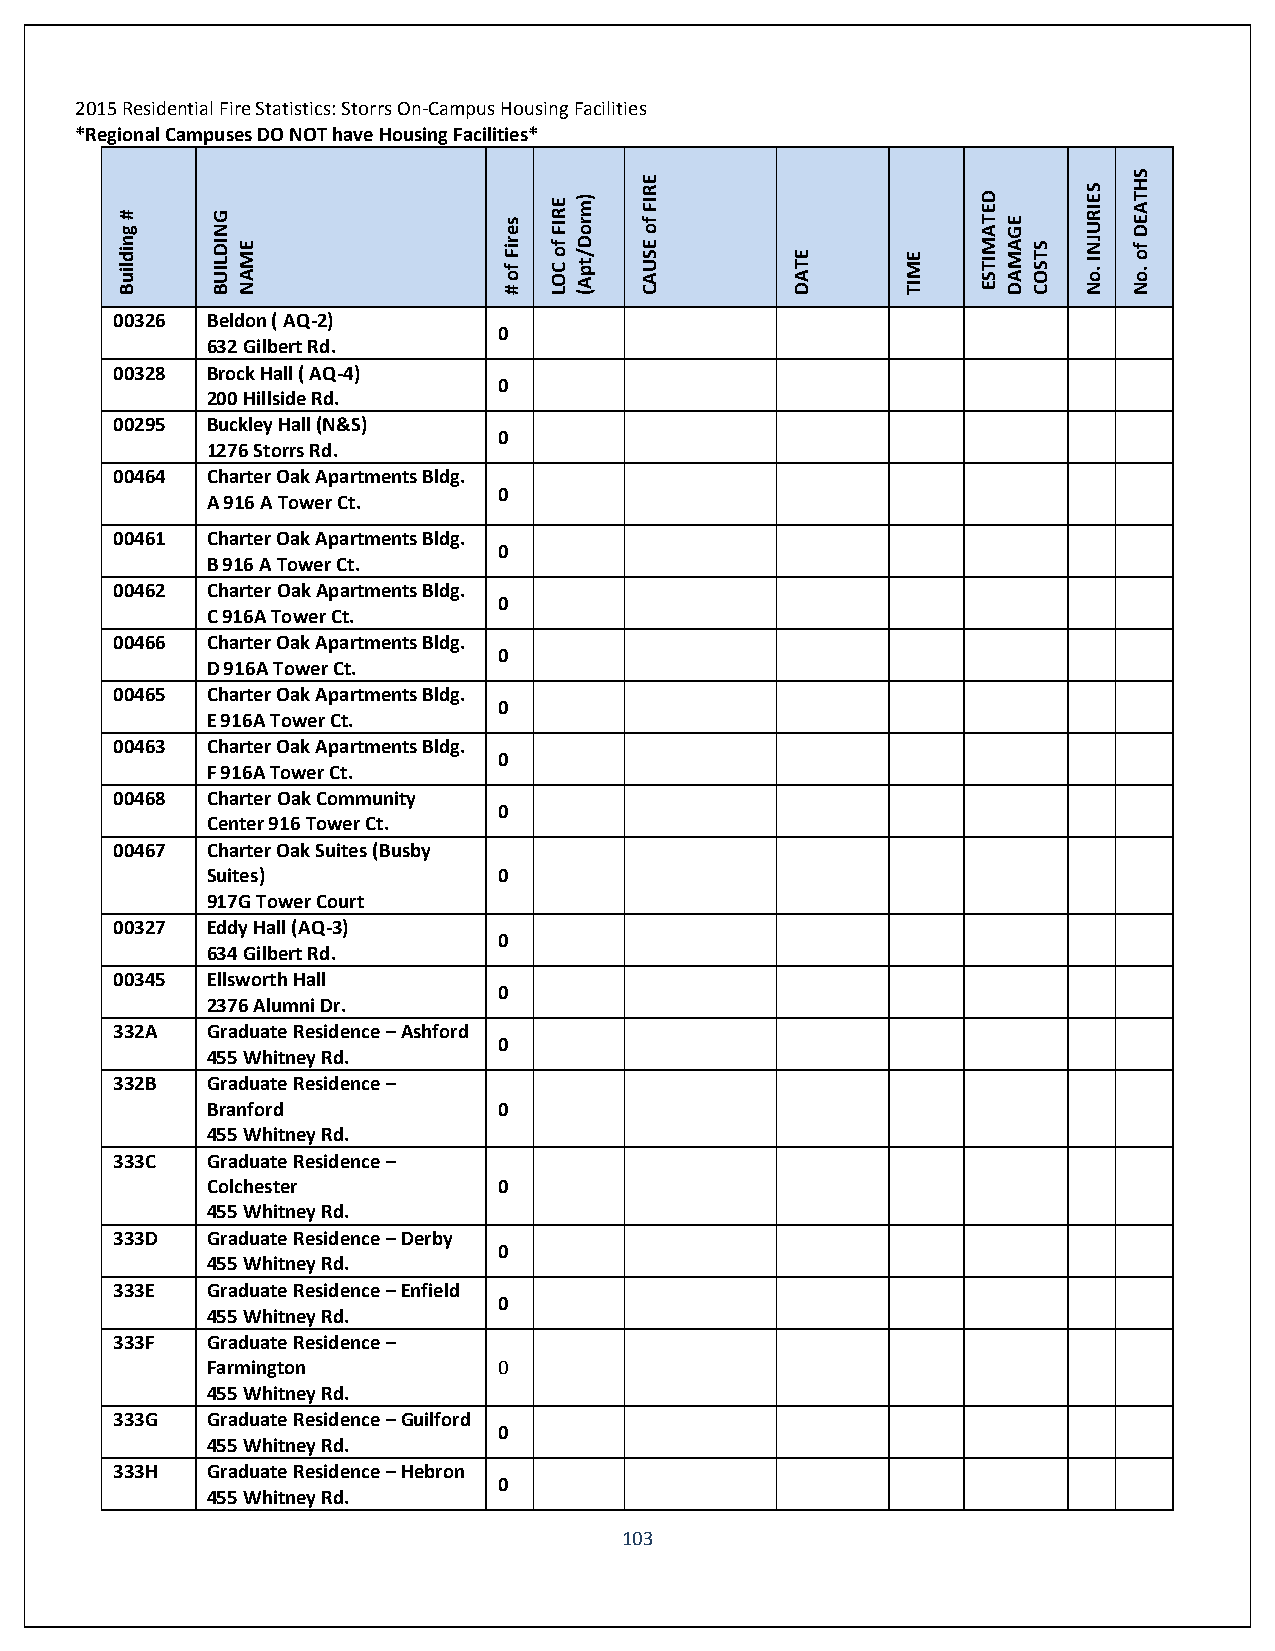
2015 Residential Fire Statistics: Storrs On-Campus Housing Facilities
 *Regional Campuses DO NOT have Housing Facilities*
 Building
 #     BUILDING
 NAME
 #
 of
 Fires
 LOC
 of
 FIRE (Apt/Dorm)
 CAUSE
 of
 FIRE
 DATE    TIME
 ESTIMATED
 DAMAGE
 COSTS
 No.
 INJURIES
 No.
 of
 DEATHS
 00326  Beldon ( AQ-2)
 0
 632 Gilbert Rd.
 00328  Brock Hall ( AQ-4)
 0
 200 Hillside Rd.
 00295  Buckley Hall (N&S)
 0
 1276 Storrs Rd.
 00464  Charter Oak Apartments Bldg.
 0
 A 916 A Tower Ct.
 00461  Charter Oak Apartments Bldg.
 0
 B 916 A Tower Ct.
 00462  Charter Oak Apartments Bldg.
 0
 C 916A Tower Ct.
 00466  Charter Oak Apartments Bldg.
 0
 D 916A Tower Ct.
 00465  Charter Oak Apartments Bldg.
 0
 E 916A Tower Ct.
 00463  Charter Oak Apartments Bldg.
 0
 F 916A Tower Ct.
 00468  Charter Oak Community
 0
 Center 916 Tower Ct.
 00467  Charter Oak Suites (Busby
 Suites)            0
 917G Tower Court
 00327  Eddy Hall (AQ-3)
 0
 634 Gilbert Rd.
 00345  Ellsworth Hall
 0
 2376 Alumni Dr.
 332A   Graduate Residence – Ashford
 0
 455 Whitney Rd.
 332B   Graduate Residence –
 Branford           0
 455 Whitney Rd.
 333C   Graduate Residence –
 Colchester         0
 455 Whitney Rd.
 333D   Graduate Residence – Derby
 0
 455 Whitney Rd.
 333E   Graduate Residence – Enfield
 0
 455 Whitney Rd.
 333F   Graduate Residence –
 Farmington         0
 455 Whitney Rd.
 333G   Graduate Residence – Guilford
 0
 455 Whitney Rd.
 333H   Graduate Residence – Hebron
 0
 455 Whitney Rd.
 103